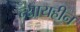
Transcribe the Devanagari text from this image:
न्यायहीन